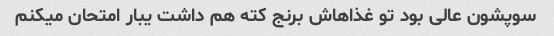
سوپشون عالی بود تو غذاهاش برنج کته هم داشت یبار امتحان میکنم